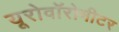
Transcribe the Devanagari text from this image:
यूरोवॉरोमीटर